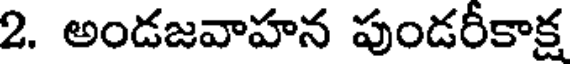
2. అండజవాహన పుండరీకాక్ష